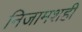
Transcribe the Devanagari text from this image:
निजामशही